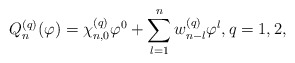
\begin{align*} Q_{n}^{(q)}(\varphi) = \chi_{n,0}^{(q)} \varphi^0 + \sum\limits_{l=1}^{n} w_{n-l}^{(q)} \varphi^{l}, q=1,2, \end{align*}